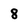
Character: 8